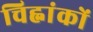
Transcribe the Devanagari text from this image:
चिह्नांकों